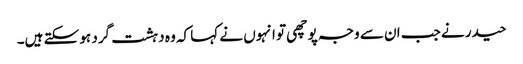
حیدر نے جب ان سے وجہ پوچھی تو انہوں نے کہا کہ وہ دہشت گرد ہو سکتے ہیں۔